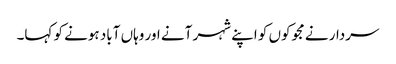
سردار نے مجوکوں کو اپنے شہر آنے اور وہاں آباد ہونے کو کہا۔